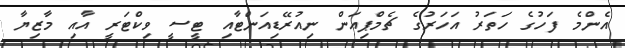
އެންމެ ފަހުގެ ހަތަރު އަހަރުގެ ޗެމްޕިއަން ނިއުރޭޑިއަންޓާއި ޓީސީ ވިކްޓަރީ އާއި މާޒިޔާ